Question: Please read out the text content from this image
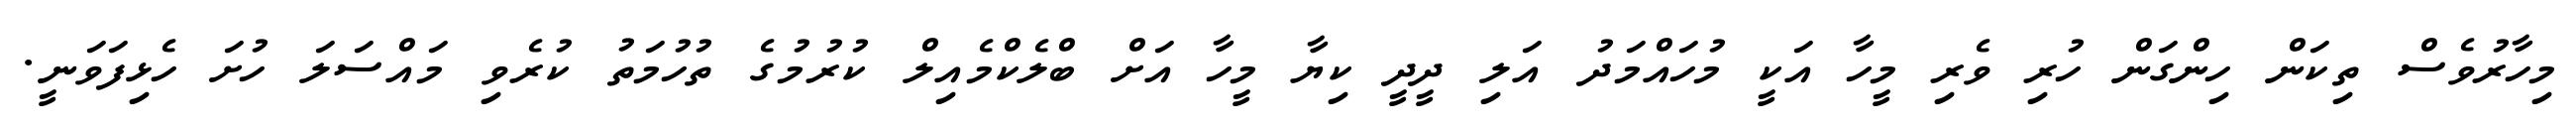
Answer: މިހާރުވެސް ތިކަން ހިންގަން ހުރި ވެރި މީހާ އަކީ މުހައްމަދު އަލި ދީދީ ކިޔާ މީހާ އަށް ބްލެކްމެއިލް ކުރުމުގެ ތުހުމަތު ކުރެވި މައްސަލަ ހުށަ ހެޅިފަވަނީ.